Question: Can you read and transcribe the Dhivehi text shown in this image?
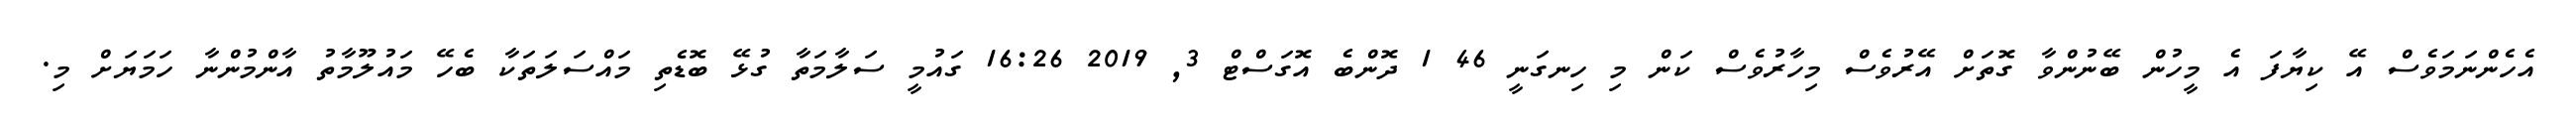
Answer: އެހެންނަމަވެސް އޭ ކިޔާފަ އެ މީހުން ބޭނުންވާ ގޮތަށް އޭރުވެސް މިހާރުވެސް ކަން މި ހިނގަނީ 46 1 ދޮންބެ އޮގަސްޓް 3, 2019 16:26 ގައުމީ ސަލާމަތާ ގުޅޭ ބޮޑެތި މައްސަލަތަކާ ބެހޭ މައުލޫމާތު އާންމުންނާ ހަމަޔަށް މި.